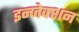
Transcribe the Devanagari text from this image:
इन्‍जेक्‍शन